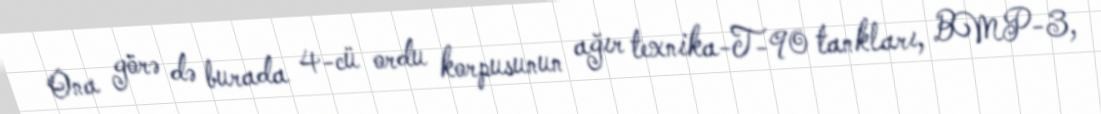
Ona görə də burada 4-cü ordu korpusunun ağır texnika-T-90 tankları, BMP-3,